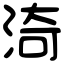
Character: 渏